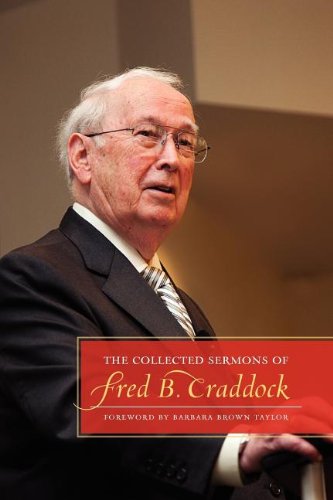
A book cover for The Collected Sermons of Fred B. Craddock; Fred B. Craddock; Christian Books & Bibles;